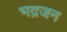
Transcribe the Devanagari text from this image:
भद्रजन